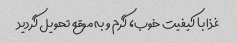
غذا با کیفیت خوب، گرم و به موقع تحویل گردید